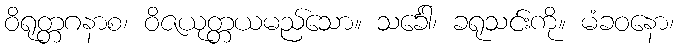
ဝိရုတ္တဂနာစ၊ ဝိဇယုတ္တယမည်သော။ သင်္ခေါ၊ ခရုသင်းကို။ မံခဝနော၊